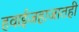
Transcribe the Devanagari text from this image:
हवाईजहाजातही